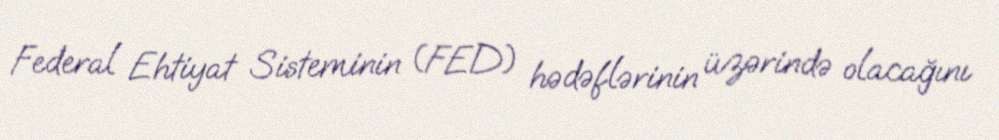
Federal Ehtiyat Sisteminin (FED) hədəflərinin üzərində olacağını